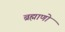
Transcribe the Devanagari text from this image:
ब्रह्माणो